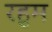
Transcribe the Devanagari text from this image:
रहुम